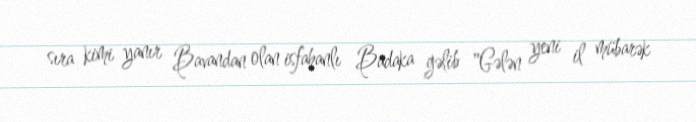
sıra kimi yanır Bavandan olan isfahanlı Badaka gəlib "Gələn yeni il mübarək